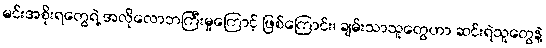
မင်းအစိုးရတွေရဲ့ အလိုလောဘကြီးမှုကြောင့် ဖြစ်ကြောင်း၊ ချမ်းသာသူတွေဟာ ဆင်းရဲသူတွေနဲ့